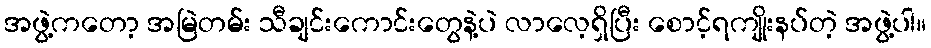
အဖွဲ့ကတော့ အမြဲတမ်း သီချင်းကောင်းတွေနဲ့ပဲ လာလေ့ရှိပြီး စောင့်ရကျိုးနပ်တဲ့ အဖွဲ့ပါ။